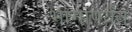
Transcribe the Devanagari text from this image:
भागांपर्यंत